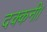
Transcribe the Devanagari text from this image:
दक्कनी।